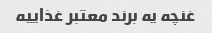
غنچه یه برند معتبر غذاییه